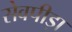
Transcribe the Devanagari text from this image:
सेवपीड़ा